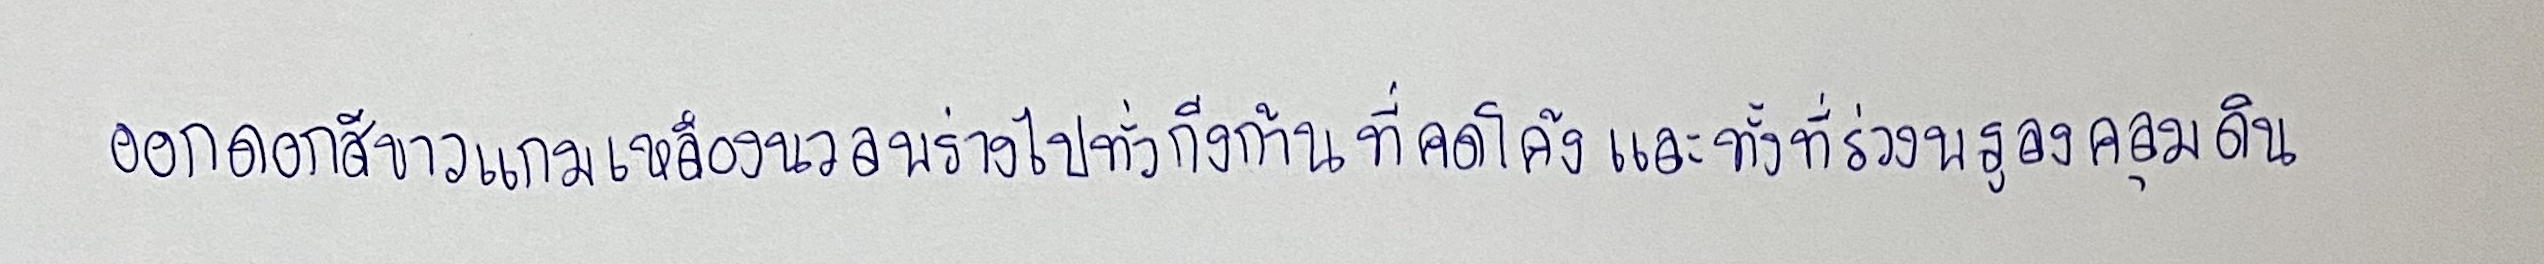
ออกดอกสีขาวแกมเหลืองนวลพร่างไปทั่วกิ่งก้านที่คดโค้งและทั้งที่ร่วงพรูลงคลุมดิน